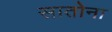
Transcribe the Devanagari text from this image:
सातोना